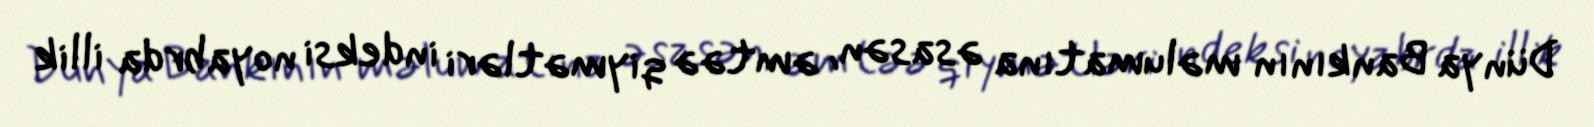
Dünya Bankının məlumatına əsasən, əmtəə qiymətləri indeksi noyabrda illik